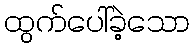
ထွက်ပေါ်ခဲ့သော